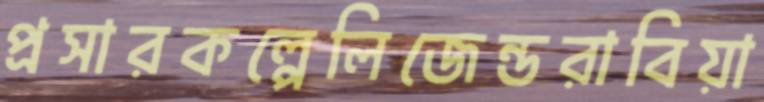
প্রসারকল্পেলিজেন্ডরাবিয়া